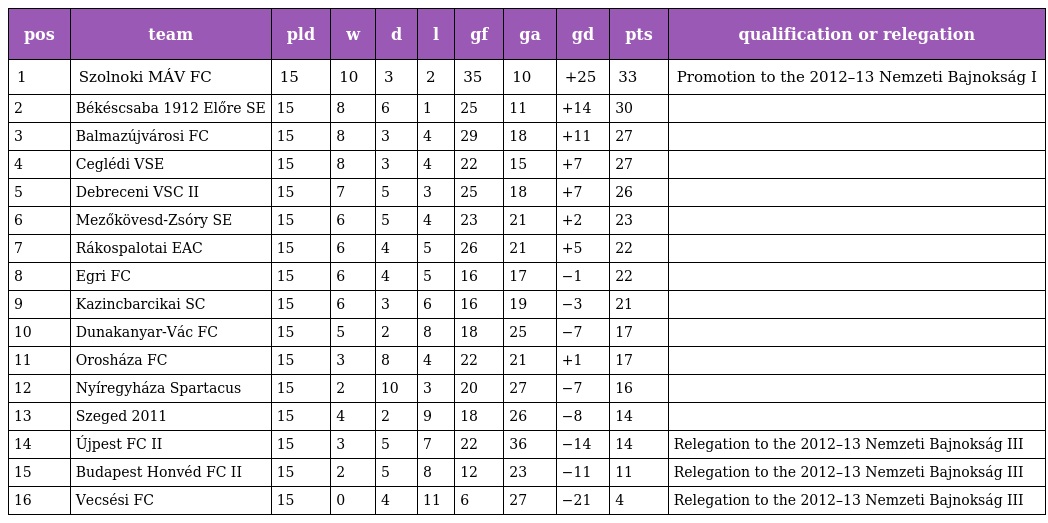
| pos | team | pld | w | d | l | gf | ga | gd | pts | qualification or relegation |
 | --- | --- | --- | --- | --- | --- | --- | --- | --- | --- | --- |
 | 1 | Szolnoki MÁV FC | 15 | 10 | 3 | 2 | 35 | 10 | +25 | 33 | Promotion to the 2012–13 Nemzeti Bajnokság I |
 | 2 | Békéscsaba 1912 Előre SE | 15 | 8 | 6 | 1 | 25 | 11 | +14 | 30 |  |
 | 3 | Balmazújvárosi FC | 15 | 8 | 3 | 4 | 29 | 18 | +11 | 27 |  |
 | 4 | Ceglédi VSE | 15 | 8 | 3 | 4 | 22 | 15 | +7 | 27 |  |
 | 5 | Debreceni VSC II | 15 | 7 | 5 | 3 | 25 | 18 | +7 | 26 |  |
 | 6 | Mezőkövesd-Zsóry SE | 15 | 6 | 5 | 4 | 23 | 21 | +2 | 23 |  |
 | 7 | Rákospalotai EAC | 15 | 6 | 4 | 5 | 26 | 21 | +5 | 22 |  |
 | 8 | Egri FC | 15 | 6 | 4 | 5 | 16 | 17 | −1 | 22 |  |
 | 9 | Kazincbarcikai SC | 15 | 6 | 3 | 6 | 16 | 19 | −3 | 21 |  |
 | 10 | Dunakanyar-Vác FC | 15 | 5 | 2 | 8 | 18 | 25 | −7 | 17 |  |
 | 11 | Orosháza FC | 15 | 3 | 8 | 4 | 22 | 21 | +1 | 17 |  |
 | 12 | Nyíregyháza Spartacus | 15 | 2 | 10 | 3 | 20 | 27 | −7 | 16 |  |
 | 13 | Szeged 2011 | 15 | 4 | 2 | 9 | 18 | 26 | −8 | 14 |  |
 | 14 | Újpest FC II | 15 | 3 | 5 | 7 | 22 | 36 | −14 | 14 | Relegation to the 2012–13 Nemzeti Bajnokság III |
 | 15 | Budapest Honvéd FC II | 15 | 2 | 5 | 8 | 12 | 23 | −11 | 11 | Relegation to the 2012–13 Nemzeti Bajnokság III |
 | 16 | Vecsési FC | 15 | 0 | 4 | 11 | 6 | 27 | −21 | 4 | Relegation to the 2012–13 Nemzeti Bajnokság III |